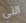
التي